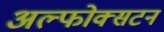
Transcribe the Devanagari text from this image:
अल्फोक्सटन